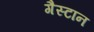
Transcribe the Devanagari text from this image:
गैस्टान